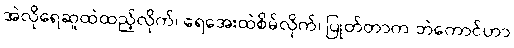
အဲလိုရေဆူထဲထည့်လိုက်၊ ရေအေးထဲစိမ်လိုက်၊ ပြုတ်တာက ဘဲကောင်ဟာ